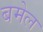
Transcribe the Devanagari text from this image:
बमेल